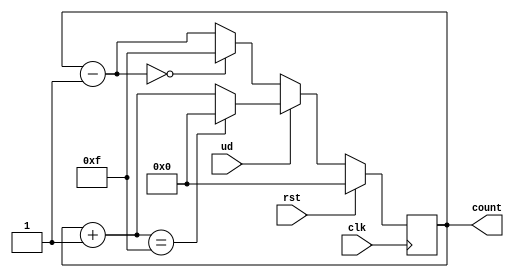
module dec(rst,clk,count,ud);
  input rst,clk,ud;
  output reg [3:0]count;
  
  always@(posedge clk)begin
   
    if(rst)
      count=4'b0;
    
    else if(ud==1)begin
      count=count+1;
            if(count==4'b1111)      
              #1count=4'b0000;
    end
         
    else if(ud==0) begin             
    count=count-1;
      if(count==4'b0000)   
        #1count=4'b1111;
    end
                
            
  end
endmodule